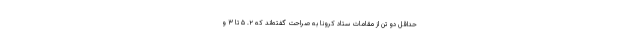
حداقل دو تن از مقامات ستاد کرونا به صراحت گفته‌اند که ۲. ۵ تا ۳ و